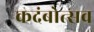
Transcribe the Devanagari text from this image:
कदंबोत्सव